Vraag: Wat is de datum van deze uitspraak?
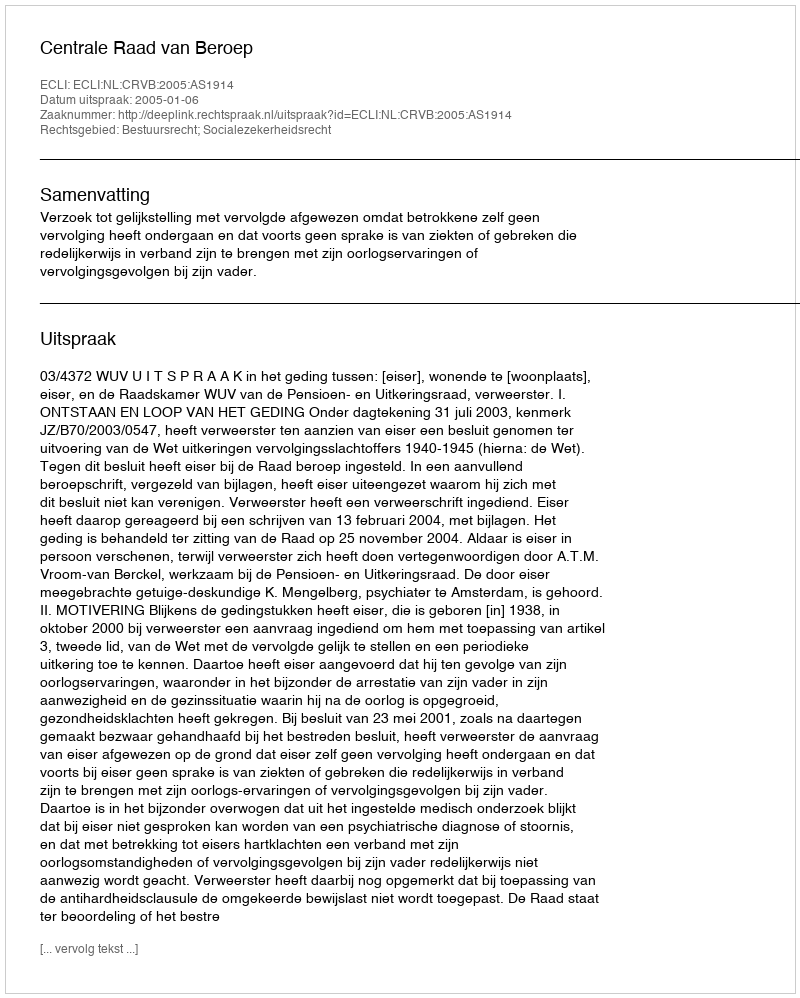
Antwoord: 2005-01-06